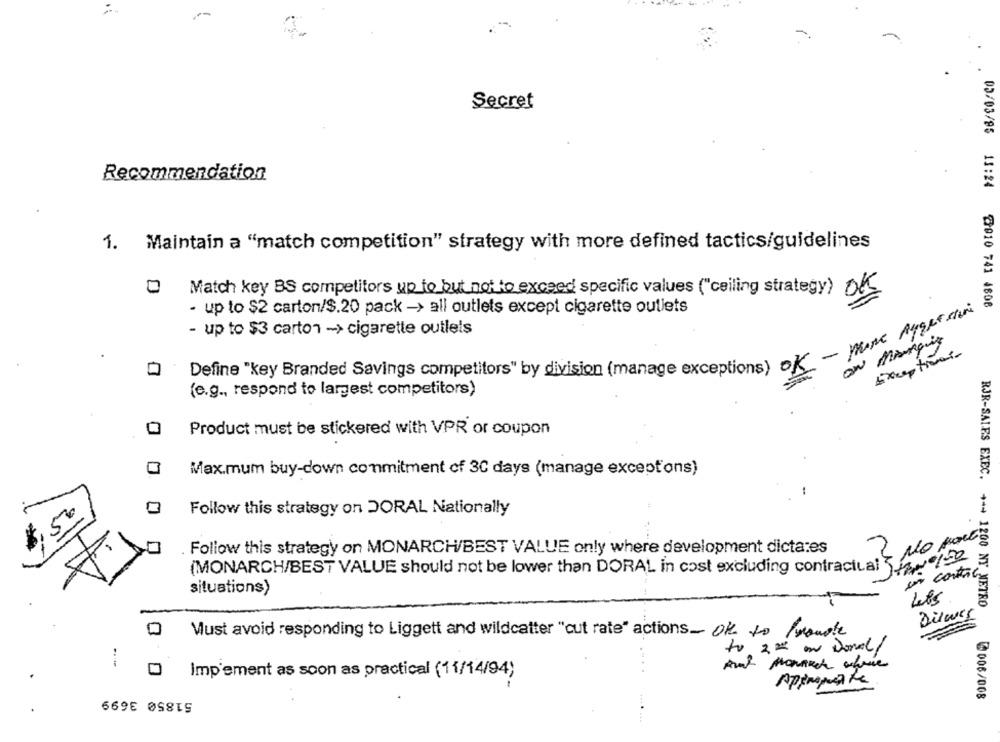
Secret
Recommendation
05/03/95 13:24
1. Maintain a "match competition" strategy with more defined tactics/guidelines
Match key BS competitors up to but not to exceed specific values ("ceiling strategy) OK
@010 741 4808
- up to $2 carton/$.20 pack -> all outlets except cigarette outlets
- up to $3 carto1 -> cigarette outlets
On mingit
0
Define "key Branded Savings competitors" by division (manage exceptions)
(e.g ., respond to largest competitors)
Product must be stickered with VPR or coupon
Max.mum buy-down commitment of 30 days (manage exceptons)
Follow this strategy on DORAL Nationally
NO port
Follow this strategy on MONARCH/BEST VALUE only where development dictates
(MONARCH/BEST VALUE should not be lower than DORAL in cost excluding contractual w 3
un control
ORAL in
situations)
RJR-SALES EXEC. + -- 1200 NY METRO
Dilaes
Must avoid responding to Liggett and wildcatter "cut rate" actions_ OK to Promote
v 22 on Donal/
Imp'ement as soon as practical (11/14/94)
Appropriate
51850 3699
6006/008